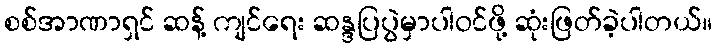
စစ်အာဏာရှင် ဆန့် ကျင်ရေး ဆန္ဒပြပွဲမှာပါဝင်ဖို့ ဆုံးဖြတ်ခဲ့ပါတယ်။